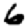
Digit: 6